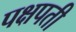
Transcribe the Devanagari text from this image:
पक्षपती